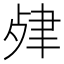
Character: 𦘖